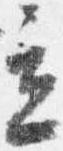
立